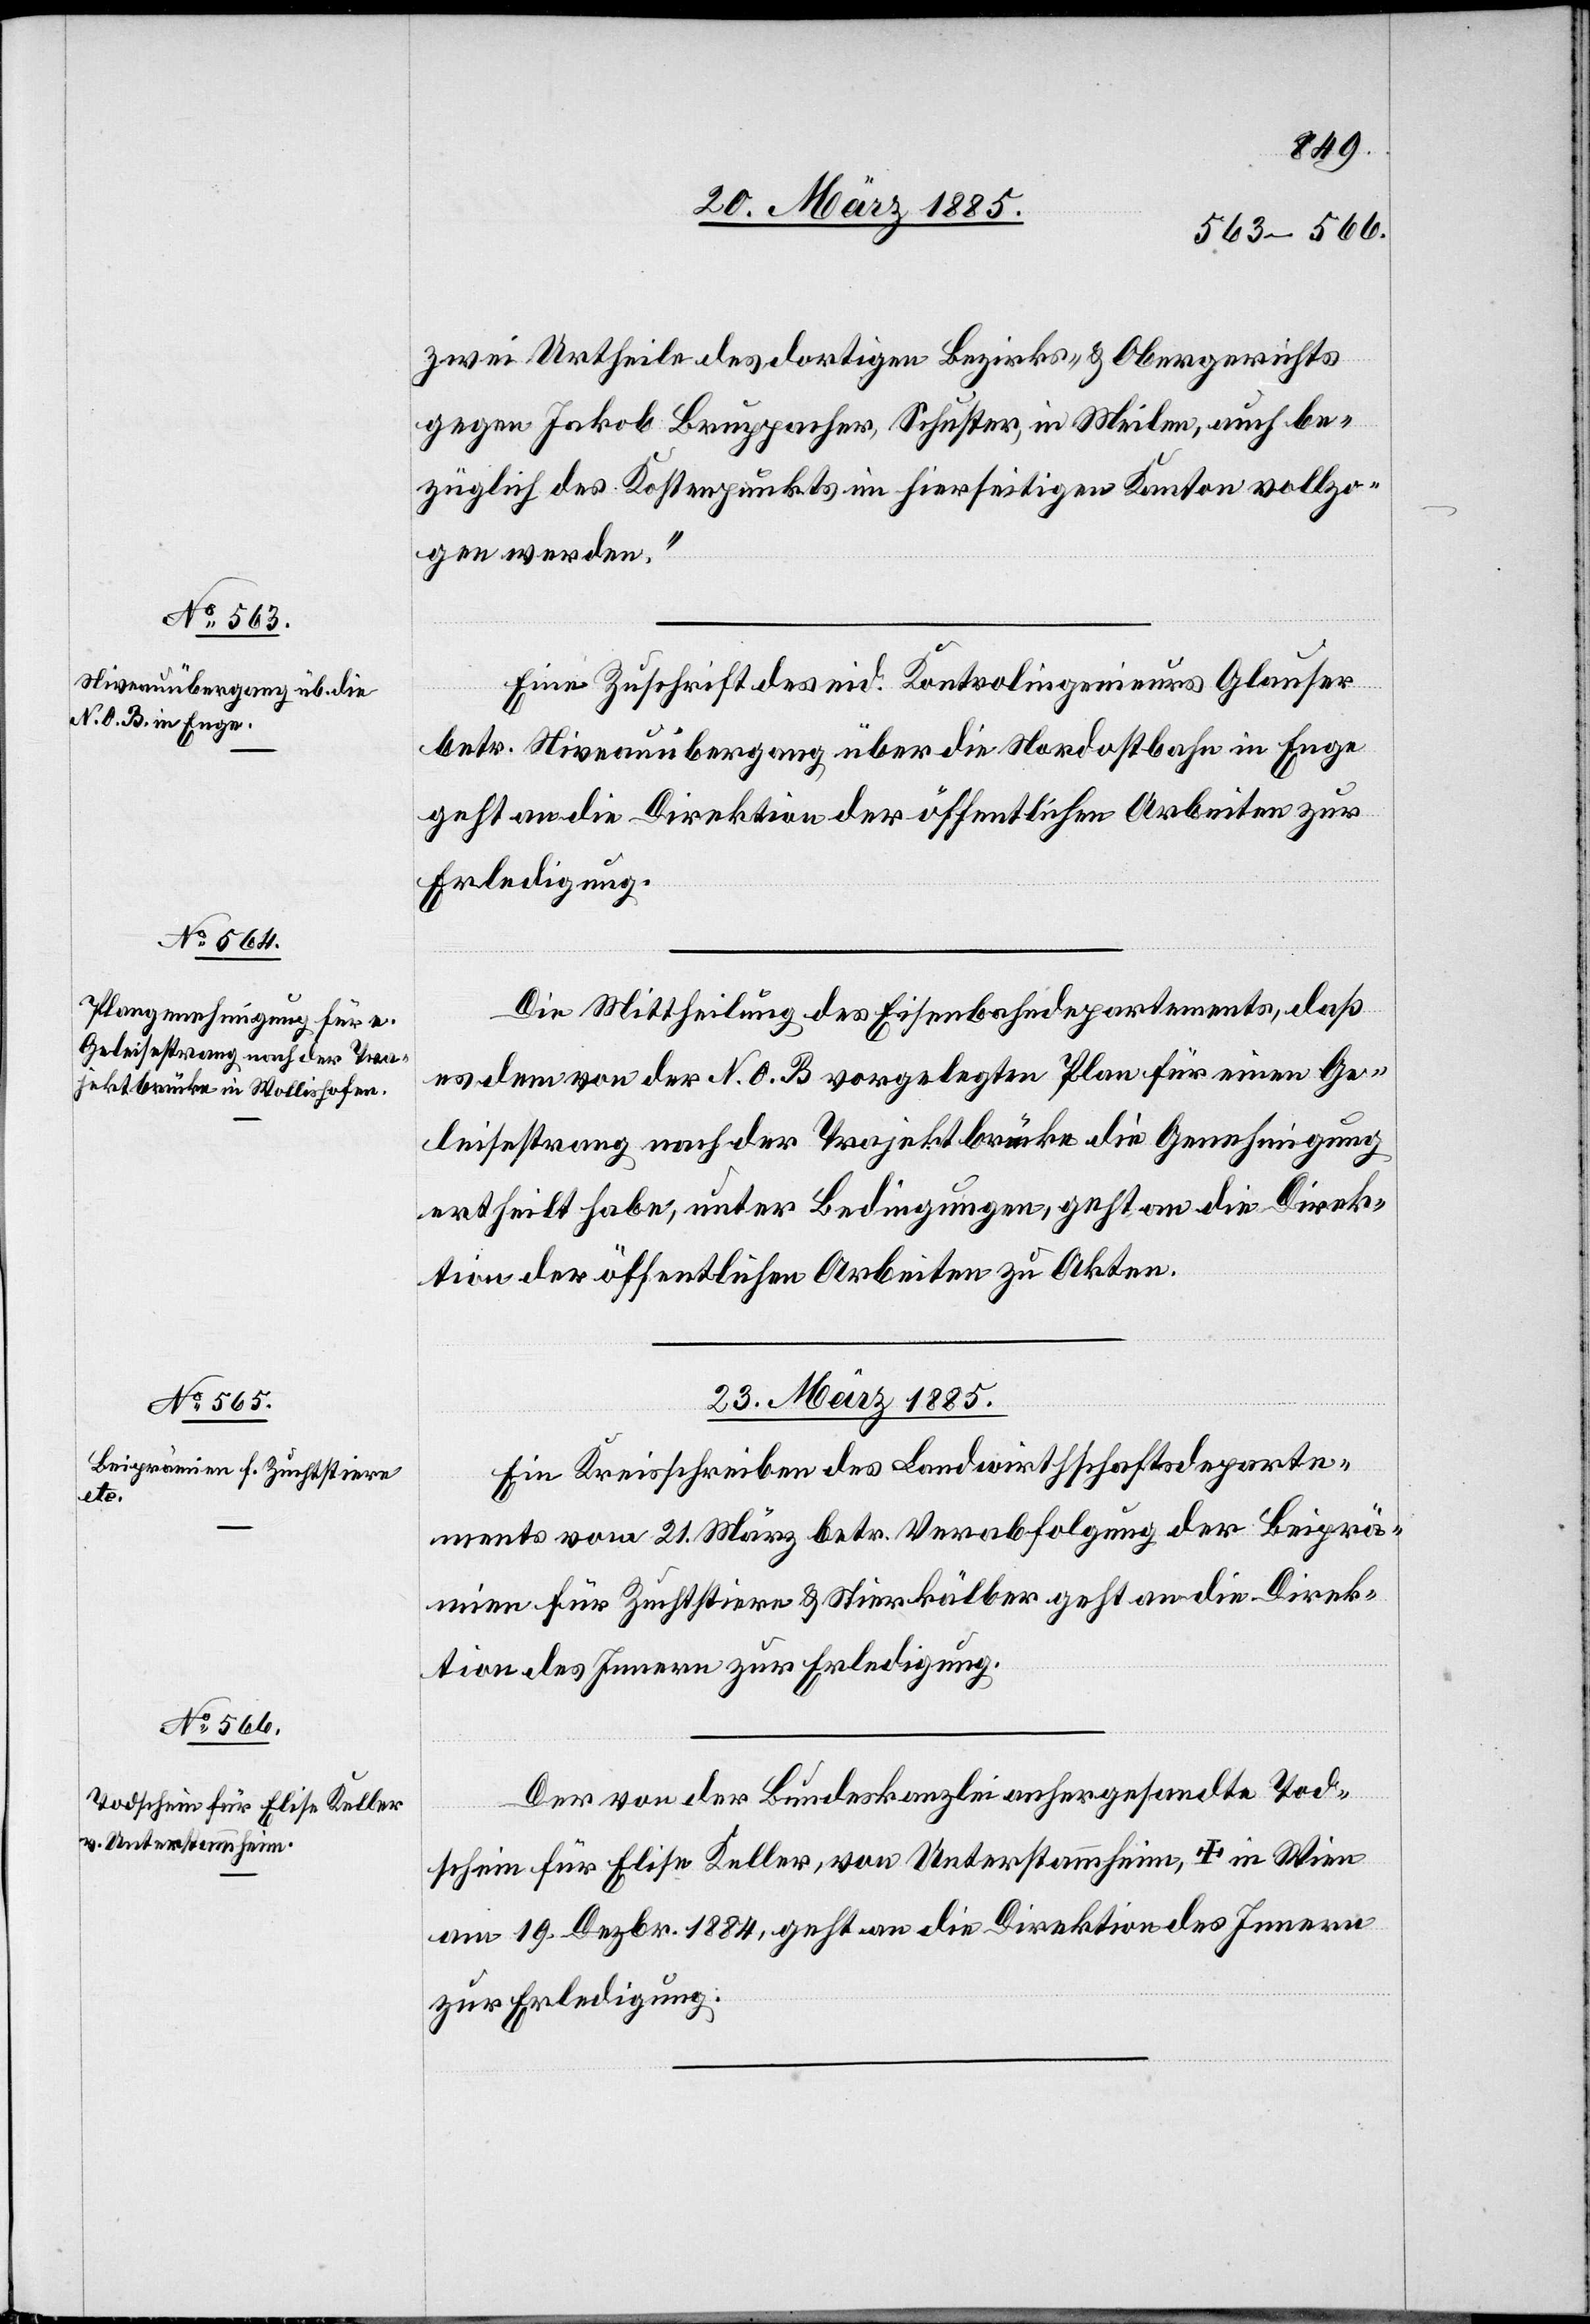
21. März 1885.]
zwei Urtheile des dortigen Bezirks- & Obergerichts
gegen Jakob Bruppacher, Schuster, in Meilen, auch be¬
züglich des Kostenpunkts im hierseitigen Kanton vollzo¬
gen werden.“
Eine Zuschrift des eid. Kontrolingenieurs Glauser
betr. Niveauübergang über die Nordostbahn in Enge
geht an die Direktion der öffentlichen Arbeiten zur
Erledigung.
Die Mittheilung des Eisenbahndepartements, daß
es dem von der N. O. B. vorgelegten Plan für einen Ge¬
leisestrang nach der Projektbrücke die Genehmigung
ertheilt habe, unter Bedingungen, geht an die Direk¬
tion der öffentlichen Arbeiten zu Akten.
23. März 1885.]
Ein Kreisschreiben des Landwirthschaftsdeparte¬
ments vom 21. März betr. Verabfolgung der Beiprä¬
mien für Zuchtstiere & Stierkälber geht an die Direk¬
tion des Innern zur Erledigung.
Der von der Bundeskanzlei anhergesandte Tod¬
terthur
schein für Elise Keller, von Unterstammheim, † in Win¬
am 19. Dezbr. 1884, geht an die Direktion des Innern
zur Erledigung.